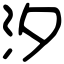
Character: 汐